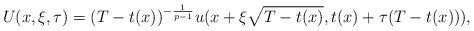
LaTeX: \begin{align*}U (x,\xi, \tau) = (T - t(x))^{- \frac{1}{p-1}} u( x + \xi \sqrt{T - t(x)}, t(x) + \tau (T - t(x))),\end{align*}